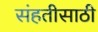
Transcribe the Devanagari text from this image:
संहतीसाठी